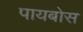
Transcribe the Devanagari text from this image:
पायबोस